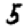
Digit: 5